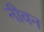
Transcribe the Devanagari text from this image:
नीवन